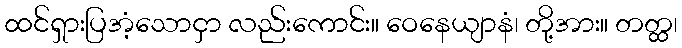
ထင်ရှားပြအံ့သောငှာ လည်းကောင်း။ ဝေနေယျာနံ၊ တို့အား။ တတ္ထ၊